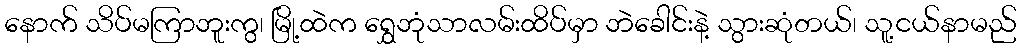
နောက် သိပ်မကြာဘူးကွ၊ မြို့ထဲက ရွှေဘုံသာလမ်းထိပ်မှာ ဘဲခေါင်းနဲ့ သွားဆုံတယ်၊ သူ့ငယ်နာမည်